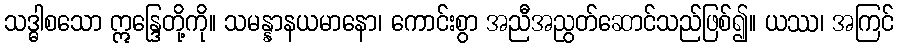
သဒ္ဓါစသော ဣန္ဒြေတို့ကို။ သမန္နာနယမာနော၊ ကောင်းစွာ အညီအညွတ်ဆောင်သည်ဖြစ်၍။ ယဿ၊ အကြင်